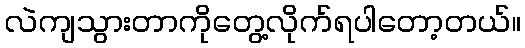
လဲကျသွားတာကိုတွေ့လိုက်ရပါတော့တယ်။